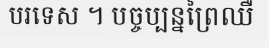
បរទេស ។ បច្ចប្បន្នព្រៃឈឺ